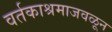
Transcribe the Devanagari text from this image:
वर्तकाश्रमाजवळून